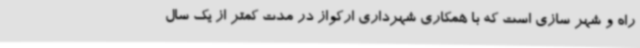
راه و شهر سازی است که با همکاری شهرداری ارکواز در مدت کمتر از یک سال